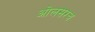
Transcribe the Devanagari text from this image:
ओलसरच